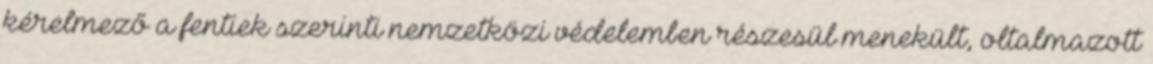
kérelmező a fentiek szerinti nemzetközi védelemben részesül menekült, oltalmazott